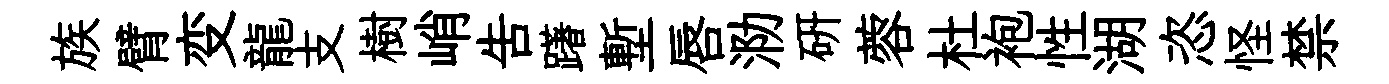
族臂变龍支樹峭吿躇塹唇泐研蓉杜袍性湖恣怪禁